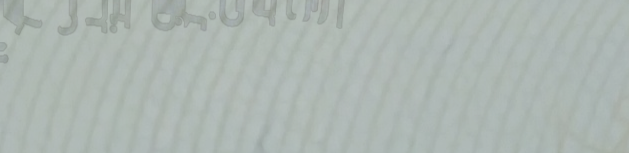
خدمة توصيل البقالة من الأ